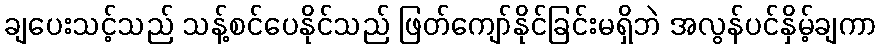
ချပေးသင့်သည် သန့်စင်ပေနိုင်သည် ဖြတ်ကျော်နိုင်ခြင်းမရှိဘဲ အလွန်ပင်နှိမ့်ချကာ